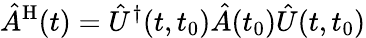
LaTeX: \hat{A}^{\mathrm{H}}(t)=\hat{U}^{\dagger}(t,t_{0})\hat{A}(t_{0})\hat{U}(t,t_{0})